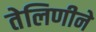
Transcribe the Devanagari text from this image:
तेलिणीने